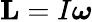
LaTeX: \mathbf{L}=I{\boldsymbol{\omega}}